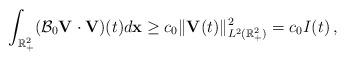
LaTeX: \begin{align*}\int_{\mathbb R^2_+}(\mathcal B_0{\mathbf V}\cdot{\mathbf V})(t)d{\bf x}\ge c_0\Vert{\mathbf V}(t)\Vert^2_{L^2(\mathbb R^2_+)}=c_0I(t)\,,\end{align*}